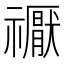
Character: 𥜒